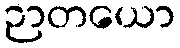
ဉာတယော